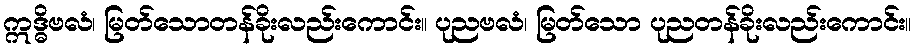
ဣဒ္ဓိဗလံ၊ မြတ်သောတန်ခိုးလည်းကောင်း။ ပုညဗလံ၊ မြတ်သော ပုညတန်ခိုးလည်းကောင်း။